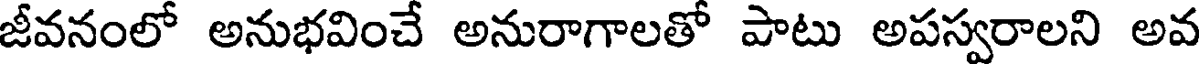
జీవనంలో అనుభవించే అనురాగాలతో పాటు అపస్వరాలని అవ